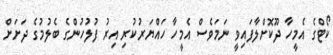
ކޯޓްގެ އެމީހާ ދޫކޮށްލާފައިވީ ނަމަވެސް އެމީހާ ހައްޔަރުކުރި އިރު ފުލުހުންގެ ބެލުމުގެ ދަށަށް